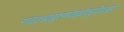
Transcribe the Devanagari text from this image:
गावात१बाह्यरुग्णवैद्यकीयसुविधाआहे